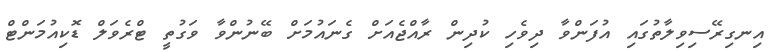
އިނގިރޭސިވިލާތުގައި އުފަންވާ ދިވެހި ކުދިން ރާއްޖެއަށް ގެނައުމަށް ބޭނުންވާ ވަގުތީ ޓްރެވަލް ޑޮކިއުމަންޓް